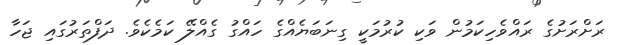
ރަށްރަށުގެ ރައްވެހިކަމުން ވަކި ކުރުމަކީ ގިނަބަޔެއްގެ ހައްގު ގެއްލޭ ކަމެކެވެ. ދަފްތަރުގައި ޖަހާ